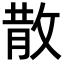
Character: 散